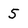
Character: 5